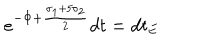
LaTeX: e ^ { - \Phi + \frac { \sigma _ { 1 } + 5 \sigma _ { 2 } } { 2 } } d t = d t _ { E }